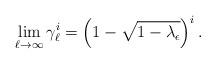
LaTeX: \begin{align*} \lim_{\ell\rightarrow \infty}\gamma_{\ell}^i = \left( 1 - \sqrt{1 -\lambda{}_{\epsilon}} \right)^i .\end{align*}